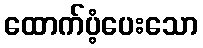
ထောက်ပံ့ပေးသော